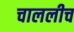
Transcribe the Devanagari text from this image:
चाललीच